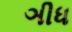
ઞીધ